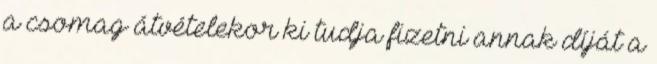
a csomag átvételekor ki tudja fizetni annak díját a